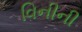
વિનીની